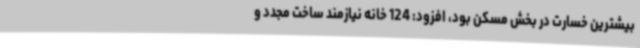
بیشترین خسارت در بخش مسکن بود، افزود: 124 خانه نیازمند ساخت مجدد و